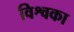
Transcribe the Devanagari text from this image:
विश्वका